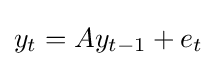
y_{t}=Ay_{t-1}+e_{t}